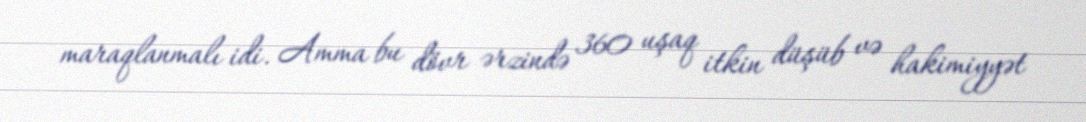
maraqlanmalı idi. Amma bu dövr ərzində 360 uşaq itkin düşüb və hakimiyyət